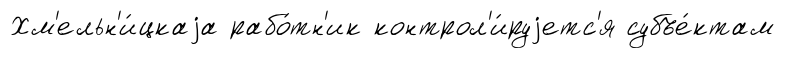
Хм'ельн'и́цкаjа рабо́тн'ик контрол'и́руjетс'я субъе́ктам